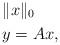
LaTeX: \begin{align*} & \;\; \| x \|_{0} \\ & \;\; y = Ax,\end{align*}